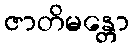
ဇာတိမန္တော